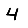
Digit: 4